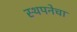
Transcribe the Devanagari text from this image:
स्थपनेचा